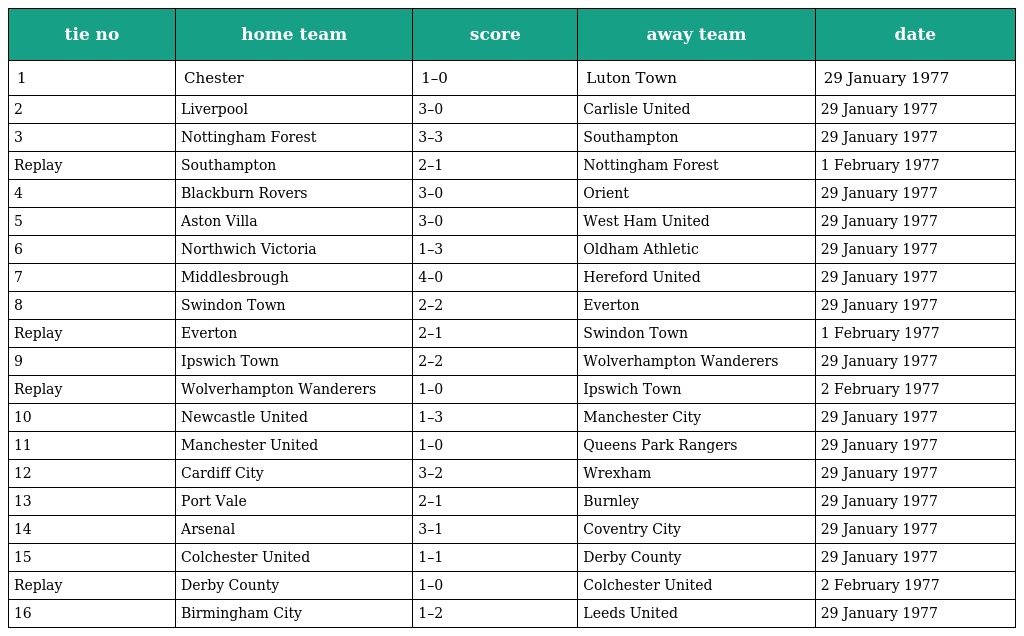
| tie no | home team | score | away team | date |
 | --- | --- | --- | --- | --- |
 | 1 | Chester | 1–0 | Luton Town | 29 January 1977 |
 | 2 | Liverpool | 3–0 | Carlisle United | 29 January 1977 |
 | 3 | Nottingham Forest | 3–3 | Southampton | 29 January 1977 |
 | Replay | Southampton | 2–1 | Nottingham Forest | 1 February 1977 |
 | 4 | Blackburn Rovers | 3–0 | Orient | 29 January 1977 |
 | 5 | Aston Villa | 3–0 | West Ham United | 29 January 1977 |
 | 6 | Northwich Victoria | 1–3 | Oldham Athletic | 29 January 1977 |
 | 7 | Middlesbrough | 4–0 | Hereford United | 29 January 1977 |
 | 8 | Swindon Town | 2–2 | Everton | 29 January 1977 |
 | Replay | Everton | 2–1 | Swindon Town | 1 February 1977 |
 | 9 | Ipswich Town | 2–2 | Wolverhampton Wanderers | 29 January 1977 |
 | Replay | Wolverhampton Wanderers | 1–0 | Ipswich Town | 2 February 1977 |
 | 10 | Newcastle United | 1–3 | Manchester City | 29 January 1977 |
 | 11 | Manchester United | 1–0 | Queens Park Rangers | 29 January 1977 |
 | 12 | Cardiff City | 3–2 | Wrexham | 29 January 1977 |
 | 13 | Port Vale | 2–1 | Burnley | 29 January 1977 |
 | 14 | Arsenal | 3–1 | Coventry City | 29 January 1977 |
 | 15 | Colchester United | 1–1 | Derby County | 29 January 1977 |
 | Replay | Derby County | 1–0 | Colchester United | 2 February 1977 |
 | 16 | Birmingham City | 1–2 | Leeds United | 29 January 1977 |